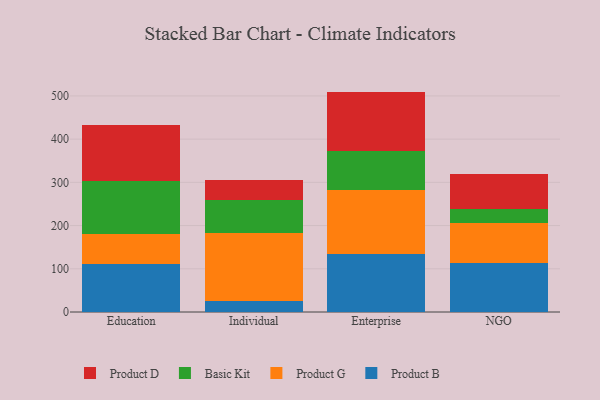
{"axis": {"x": "Segment", "y": "Headcount"}, "legend": ["Basic Kit", "Product B", "Product D", "Product G"], "data": [{"x": "Education", "y": 110.1, "type": "Product B"}, {"x": "Education", "y": 70.0, "type": "Product G"}, {"x": "Education", "y": 123.2, "type": "Basic Kit"}, {"x": "Education", "y": 128.5, "type": "Product D"}, {"x": "Individual", "y": 24.6, "type": "Product B"}, {"x": "Individual", "y": 158.2, "type": "Product G"}, {"x": "Individual", "y": 76.0, "type": "Basic Kit"}, {"x": "Individual", "y": 46.2, "type": "Product D"}, {"x": "Enterprise", "y": 133.7, "type": "Product B"}, {"x": "Enterprise", "y": 147.5, "type": "Product G"}, {"x": "Enterprise", "y": 92.5, "type": "Basic Kit"}, {"x": "Enterprise", "y": 136.3, "type": "Product D"}, {"x": "NGO", "y": 112.7, "type": "Product B"}, {"x": "NGO", "y": 92.4, "type": "Product G"}, {"x": "NGO", "y": 34.3, "type": "Basic Kit"}, {"x": "NGO", "y": 80.3, "type": "Product D"}]}